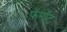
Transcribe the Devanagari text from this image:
फ़ॅगॉट